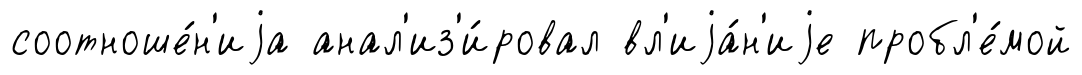
соотноше́н'иjа анал'из'и́ровал вл'иjа́н'иjе пробл'е́мой